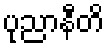
ပုညာနီတိ